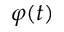
\varphi ( t )